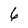
Character: 6